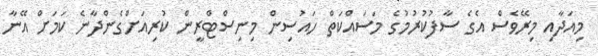
މިއަދާއި މިރޭވެސް އެގެ ސާފުކުރުމުގެ މަސައްކަތް ހައުސިން މިނިސްޓްރީން ކުރިއަށްގެންދާނެ ކަމަށް އޭނާ